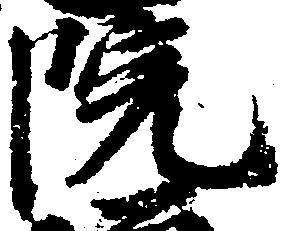
院